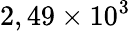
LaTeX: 2,49\times 10^{3}